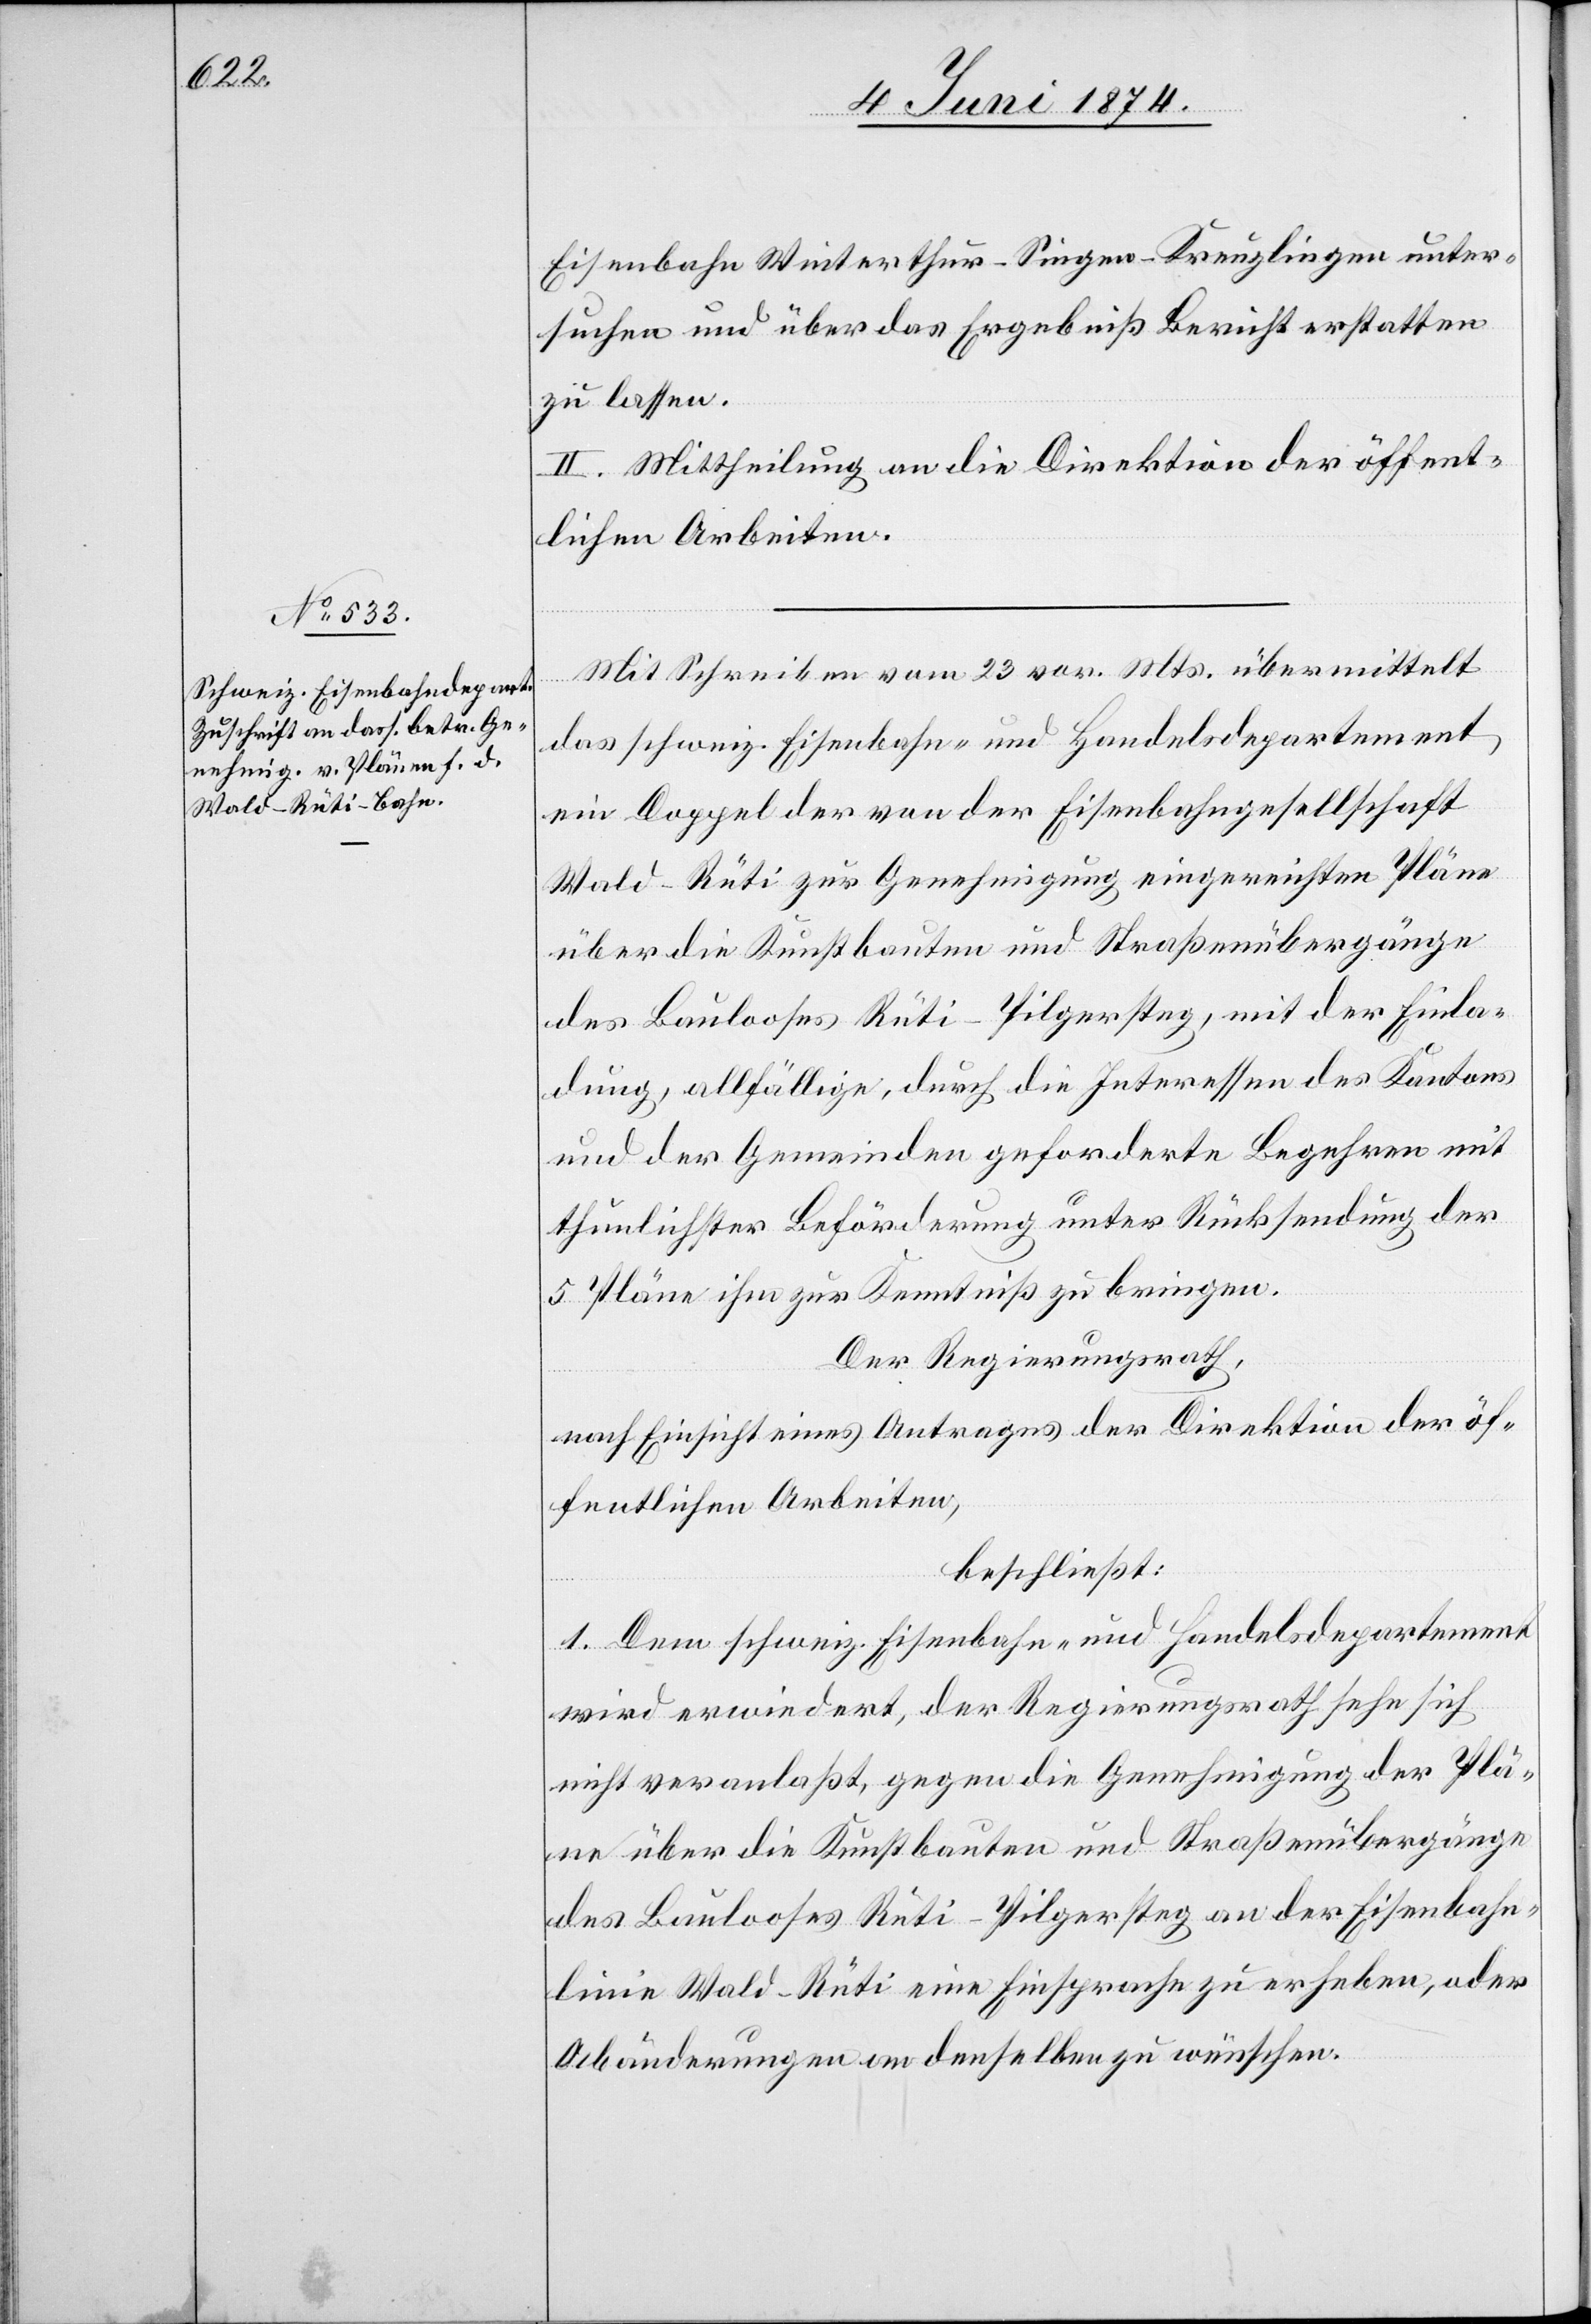
Eisenbahn Winterthur-Singen-Kreuzlingen unter¬
suchen und über das Ergebniß Bericht erstatten
zu lassen.
II. Mittheilung an die Direktion der öffent¬
lichen Arbeiten.
Mit Schreiben vom 23. vor. Mts. übermittelt
das schweiz. Eisenbahn- und Handelsdepartement
ein Doppel der von der Eisenbahngesellschaft
Wald-Rüti zur Genehmigung eingereichten Pläne
über die Kunstbauten und Straßenübergänge
des Baulooses Rüti-Pilgersteg, mit der Einla¬
dung, allfällige, durch die Interessen des Kantons
und der Gemeinden geforderte Begehren mit
thunlichster Beförderung unter Rücksendung der
5 Pläne ihm zur Kenntniß zu bringen.
Der Regierungsrath,
nach Einsicht eines Antrages der Direktion der öf¬
fentlichen Arbeiten,
beschließt:
1. Dem schweiz. Eisenbahn- und Handelsdepartement
wird erwiedert, der Regierungsrath sehe sich
nicht veranlaßt, gegen die Genehmigung der Plä¬
ne über die Kunstbauten und Straßenübergänge
des Baulooses Rüti-Pilgersteg an der Eisenbahn¬
linie Wald-Rüti eine Einsprache zu erheben, oder
Abänderungen an denselben zu wünschen.